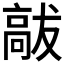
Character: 𮪹